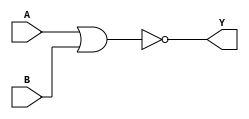
//gate level
module nor_gate(output Y,input A,input B);
nor(Y,A,B);
endmodule